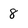
Character: 8